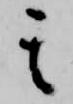
其